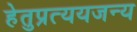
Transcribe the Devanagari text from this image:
हेतुप्रत्ययजन्य